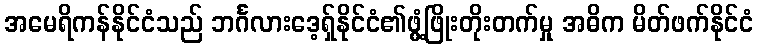
အမေရိကန်နိုင်ငံသည် ဘင်္ဂလားဒေ့ရှ်နိုင်ငံ၏ဖွံ့ဖြိုးတိုးတက်မှု အဓိက မိတ်ဖက်နိုင်ငံ